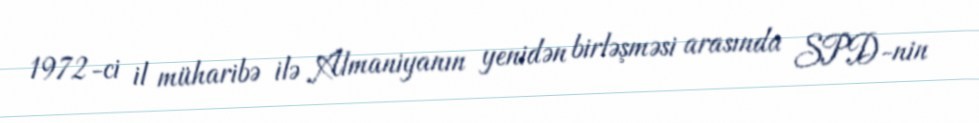
1972-ci il müharibə ilə Almaniyanın yenidən birləşməsi arasında SPD-nin